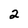
Character: 2